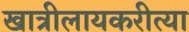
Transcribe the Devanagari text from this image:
खात्रीलायकरीत्या